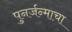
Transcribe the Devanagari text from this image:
पुनर्जन्माचा